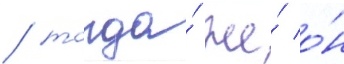
/ тогда́ же́ о́н